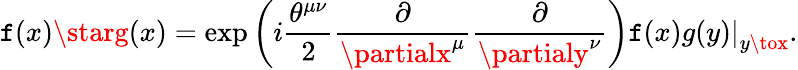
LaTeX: \mathtt{f}(x)\starg(x)=\exp\left(i\frac{{\theta^{\mu\nu}}}{{2}}\frac{{\partial}}{{\partialx^{\mu}}}\frac{{\partial}}{{\partialy^{\nu}}}\right)\left.\mathtt{f}(x)g(y)\right|_{y\tox}.